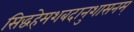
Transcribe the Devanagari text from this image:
सिद्धहेमशबदानुशासनम्